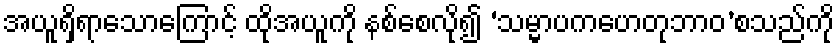
အယူရှိရာသောကြောင့် ထိုအယူကို နစ်စေလို၍ ‘သမ္မာပကဟေတုဘာဝ’စသည်ကို